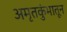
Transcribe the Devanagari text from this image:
अमृतकुंभातून